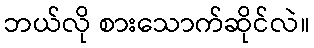
ဘယ်လို စားသောက်ဆိုင်လဲ။